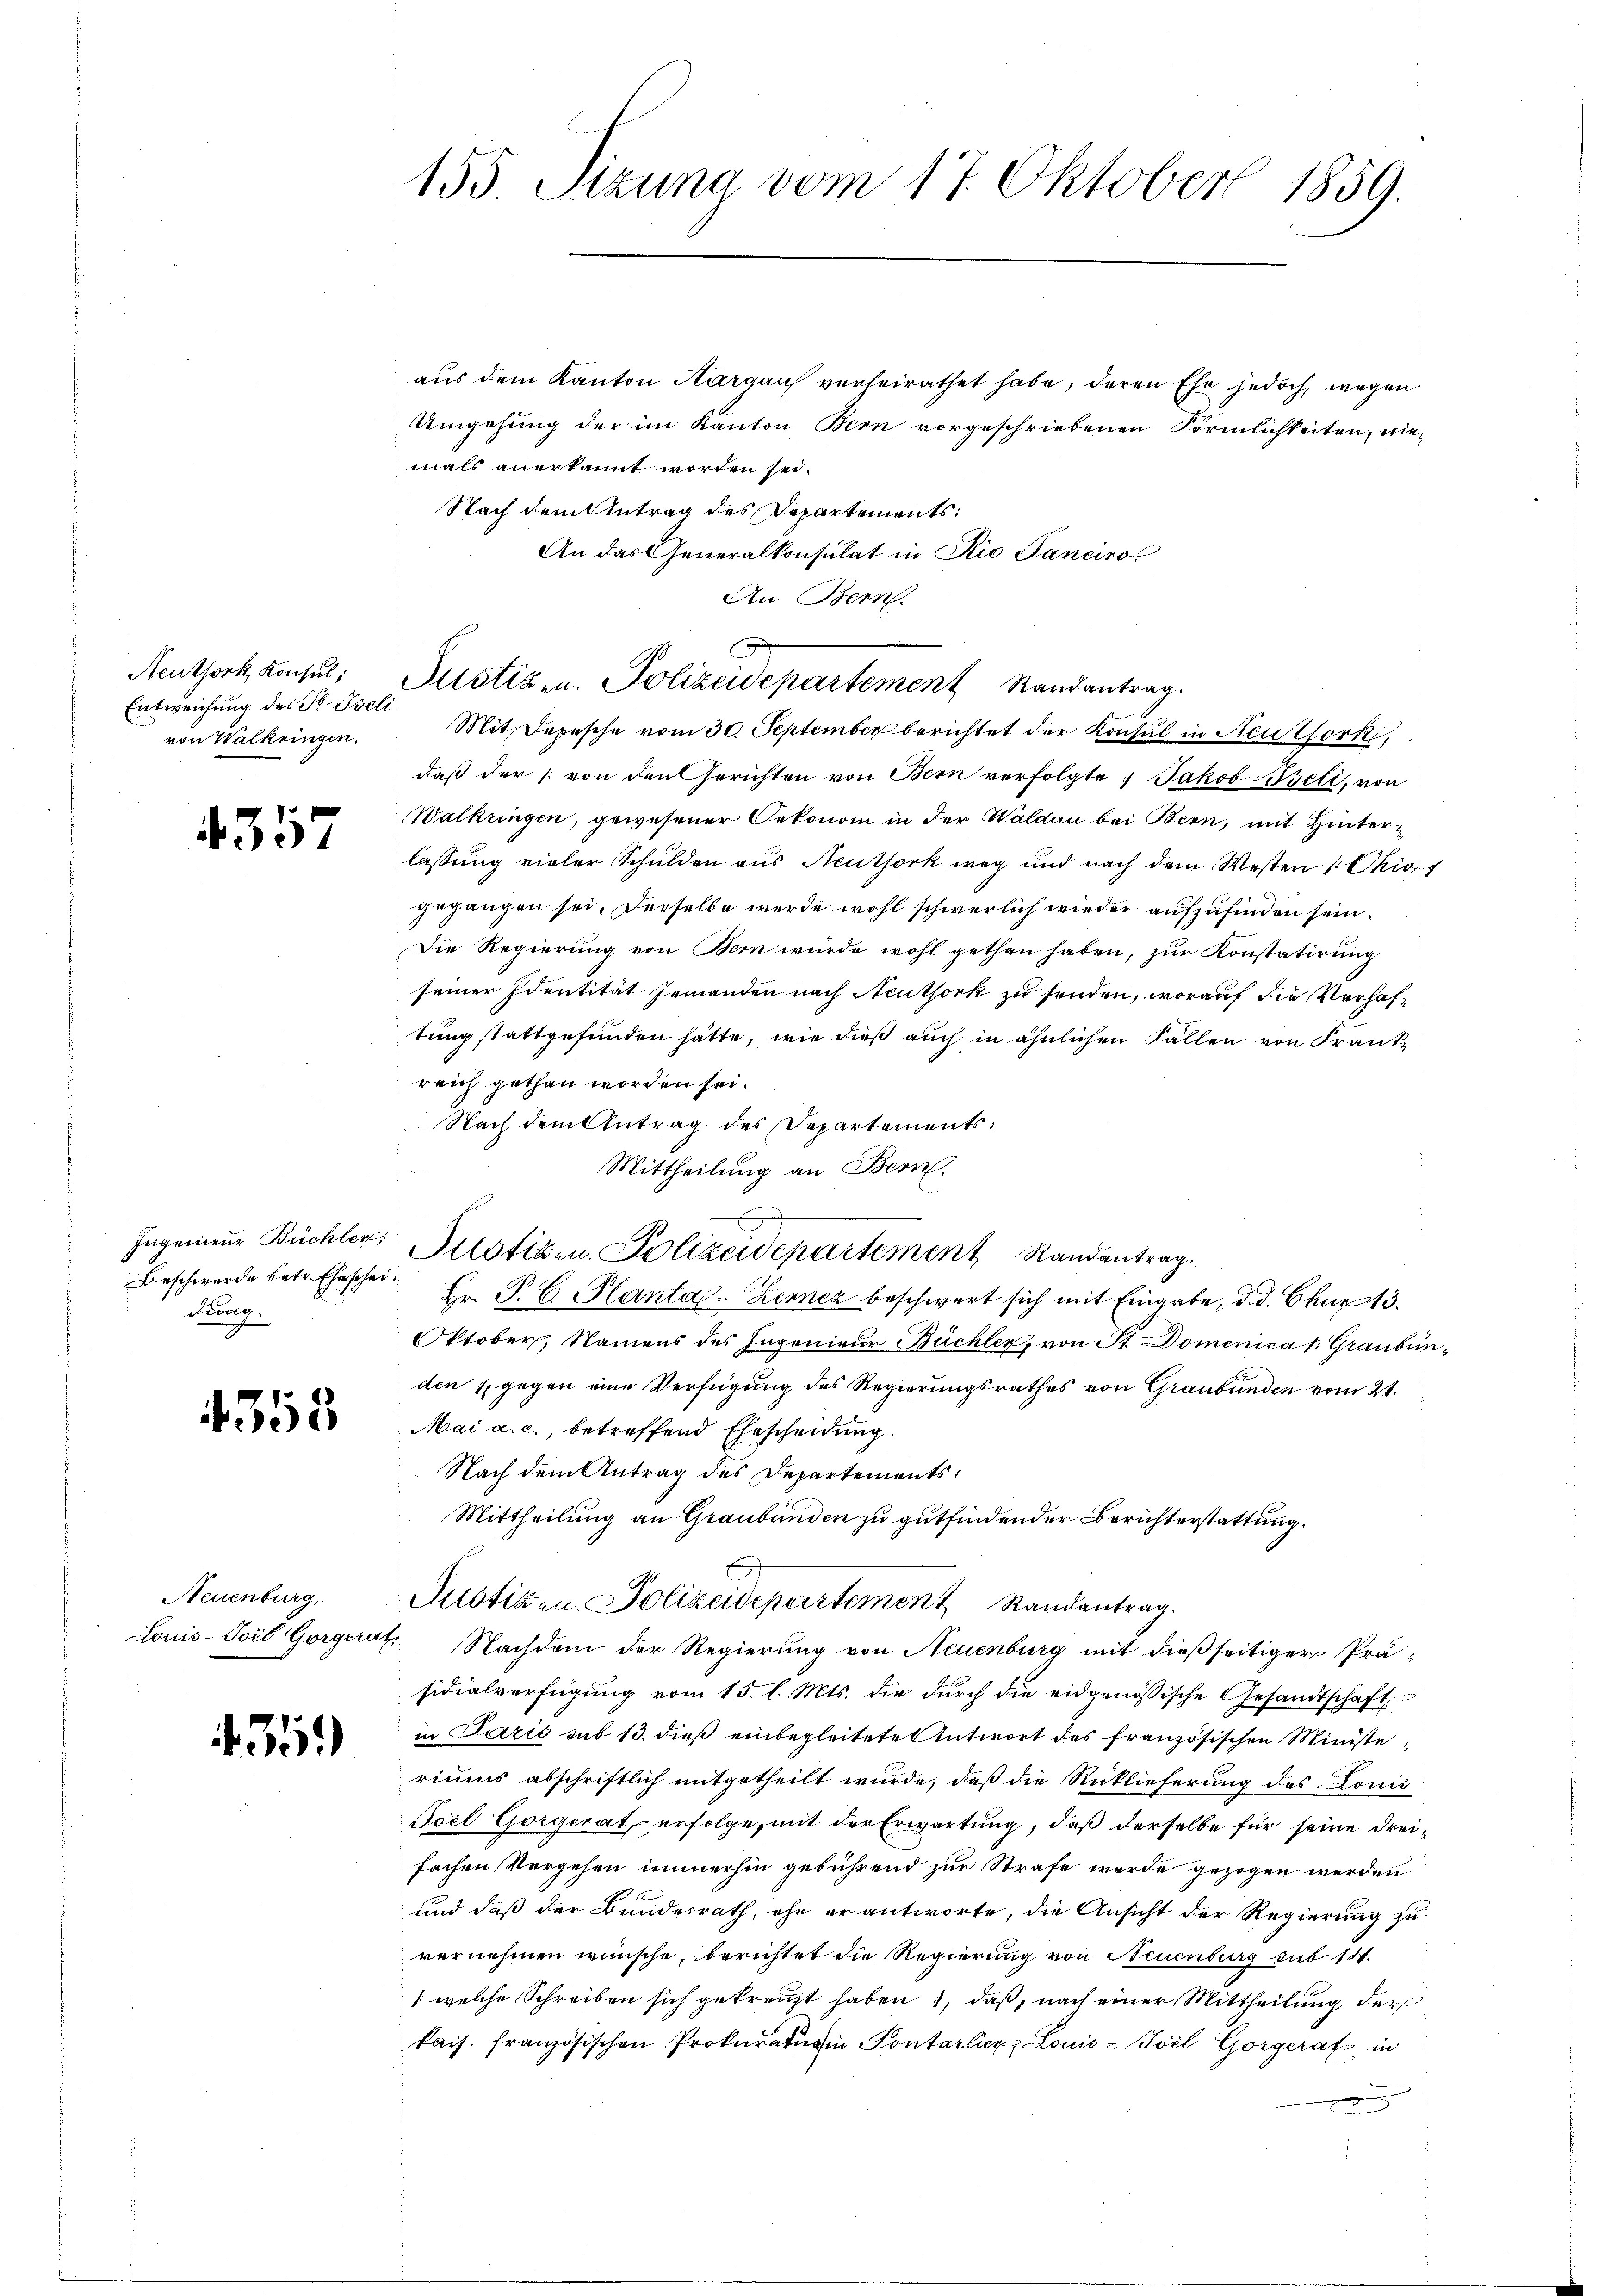
Neuthork, Konsul,
Entweichung des Fr. Beli
von Walkringen.

4357

Beschwerde betr. Ehescheidung.

4353

Neuenburg,

435.

155. Szuna vom 17. Oktober 1859.

aus dem Kanton Aargau verheirathet habe, deren Ehe jedoch, wegen
Umgehung der im Kanton Bern vorgeschriebenen Förmlichkeiten, niemals anerkannt worden sei.
Nach dem Antrag des Departements:
An das Generalkonsulat in Rio Pancino
An Bern.
Mit Depesche vom 30. September berichtet der Konsul in Neuthork,
daß der von den Gerichten von Bern verfolgte Jakob Iseli, von
Walkungen, gewesener Oekonom in der Waldau bei Bern, mit Hinterlassung vieler Schulden aus Acutsork weg und nach dem Westen Civi
gegangen sei. Derselbe werde wohl schwerlich wieder aufzufinden sein.
Die Regierung von Bern wurde wohl gethan haben, zur Konstatirung
seiner Identität jemanden nach Neuthork zu senden, worauf die Verhaftung stattgefunden hätte, wie dieß auch in ähnlichen Fallen von Franke
reich gethan worden sei.
Nach dem Antrag des Departements¬
Mittheilung an Bern.
de
Hr. P. C. Planta-Zenner beschwert sich mit Eingabe, d. d. Chur 13.
Oktober, Namens des Ingenieur Büchler, von St. Domenica s: Graubünden 1, gegen eine Verfügung des Regierungsrathes von Graubünden vom 21.
Mai a. c., betreffend Ehescheidung.
Nach dem Antrag des Departements
Mittheilung an Graubünden zu gutfindender Berichterstattung.
Justizen Polizeidepartement Randantrag.
Louis-Soil Gorgerat Nachdem der Regierung von Neuenburg mit dießseitiger Präsidialverfügung vom 15. l. Mts. die durch die eidgenössische Gesandtschaft
in Pazić sub 13. dieß einbegleitete Antwort des französischen Ministeriums abschriftlich mitgetheilt wurde, daß die Rücklieferung des Lonić
Toel Gorgerat erfolge, mit der Erwartung, daß derselbe für seine dreifachen Vergehen immerhin gebührend zur Strafe werde gezogen werden
und daß der Bundesrath, ehe er antworte, die Ansicht der Regierung zu
vernehmen wünsche, berichtet die Regierung von Neuenburg sub 14.
(welche Schreiben sich gekreuzt haben, daß, nach einer Mittheilung der
kais. französischen Prokuraturin Sontarler Louis-Soel Gorgerat in
.

Justizen. Polizeidepartement Randantrag.

Ingenieŭr Büchler, Pustigen Polizeidepartement Randantrag.